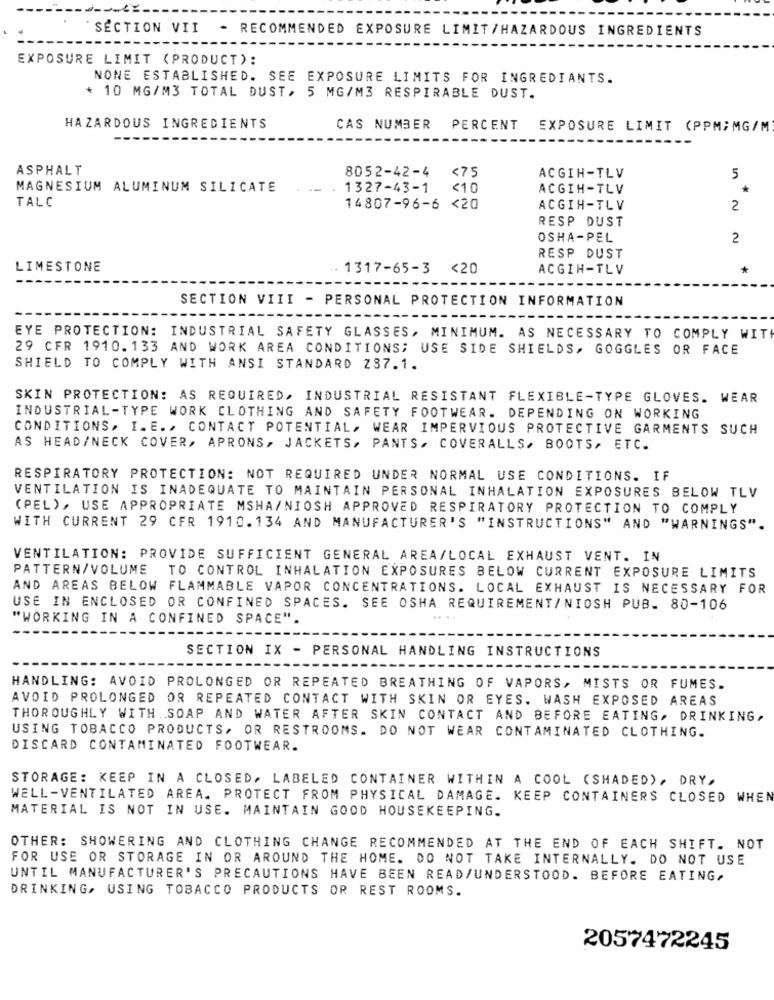
SECTION VII
RECOMMENDED EXPOSURE LIMIT/HAZARDOUS INGREDIENTS
---
EXPOSURE LIMIT (PRODUCT):
NONE ESTABLISHED. SEE EXPOSURE LIMITS FOR INGREDIANTS.
* 10 MG/M3 TOTAL DUST, 5 MG/M3 RESPIRABLE DUST.
HAZARDOUS INGREDIENTS
CAS NUMBER
PERCENT
EXPOSURE LIMIT (PPM;MG/M
ASPHALT
<75
8052-42-4
ACGIH-TLV
5
MAGNESIUM ALUMINUM SILICATE
1327-43-1
<10
ACGIH-TLV
TALC
14807-96-6 <
ACGIH-TLV
2
RESP DUST
OSHA-PEL
2
RESP DUST
LIMESTONE
.. 1317-65-3 <20
ACGIH-TLV
SECTION VIII - PERSONAL PROTECTION INFORMATION
EYE PROTECTION: INDUSTRIAL SAFETY GLASSES, MINIMUM. AS NECESSARY TO COMPLY WIT
29 CFR 1910.133 AND WORK AREA CONDITIONS; USE SIDE SHIELDS, GOGGLES OR FACE
SHIELD TO COMPLY WITH ANSI STANDARD Z37.1.
SKIN PROTECTION: AS REQUIRED, INDUSTRIAL RESISTANT FLEXIBLE-TYPE GLOVES. WEAR
INDUSTRIAL-TYPE WORK CLOTHING AND SAFETY FOOTWEAR. DEPENDING ON WORKING
CONDITIONS, I.E. , CONTACT POTENTIAL, WEAR IMPERVIOUS PROTECTIVE GARMENTS SUCH
AS HEAD/NECK COVER, APRONS, JACKETS, PANTS. COVERALLS, BOOTS, ETC.
RESPIRATORY PROTECTION: NOT REQUIRED UNDER NORMAL USE CONDITIONS. IF
VENTILATION IS INADEQUATE TO MAINTAIN PERSONAL INHALATION EXPOSURES BELOW TLV
(PEL), USE APPROPRIATE MSHA/NIOSH APPROVED RESPIRATORY PROTECTION TO COMPLY
WITH CURRENT 29 CFR 1910.134 AND MANUFACTURER'S "INSTRUCTIONS" AND "WARNINGS".
VENTILATION: PROVIDE SUFFICIENT GENERAL AREA/LOCAL EXHAUST VENT. IN
PATTERN/VOLUME
TO CONTROL INHALATION EXPOSURES BELOW CURRENT EXPOSURE LIMITS
AND AREAS BELOW FLAMMABLE VAPOR CONCENTRATIONS. LOCAL EXHAUST IS NECESSARY FOR
USE IN ENCLOSED OR CONFINED SPACES. SEE OSHA REQUIREMENT/NIOSH PUB. 80-106
"WORKING IN A CONFINED SPACE".
SECTION IX - PERSONAL HANDLING INSTRUCTIONS
HANDLING: AVOID PROLONGED OR REPEATED BREATHING OF VAPORS, MISTS OR FUMES.
AVOID PROLONGED OR REPEATED CONTACT WITH SKIN OR EYES. WASH EXPOSED AREAS
THOROUGHLY WITH SOAP AND WATER AFTER SKIN CONTACT AND BEFORE EATING, DRINKING,
USING TOBACCO PRODUCTS, OR RESTROOMS. DO NOT WEAR CONTAMINATED CLOTHING.
DISCARD CONTAMINATED FOOTWEAR.
STORAGE: KEEP IN A CLOSED, LABELED CONTAINER WITHIN A COOL (SHADED) , DRY.
WELL-VENTILATED AREA. PROTECT FROM PHYSICAL DAMAGE. KEEP CONTAINERS CLOSED WHEN
MATERIAL IS NOT IN USE. MAINTAIN GOOD HOUSEKEEPING.
OTHER: SHOWERING AND CLOTHING CHANGE RECOMMENDED AT THE END OF EACH SHIFT. NOT
FOR USE OR STORAGE IN OR AROUND THE HOME. DO NOT TAKE INTERNALLY. DO NOT USE
UNTIL MANUFACTURER'S PRECAUTIONS HAVE BEEN READ/UNDERSTOOD. BEFORE EATING,
DRINKING, USING TOBACCO PRODUCTS OR REST ROOMS.
2057472245